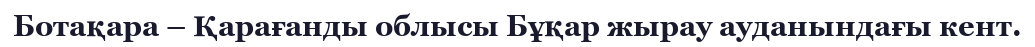
Ботақара – Қарағанды облысы Бұқар жырау ауданындағы кент.